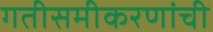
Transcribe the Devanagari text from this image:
गतीसमीकरणांची